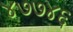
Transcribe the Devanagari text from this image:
४७७४६